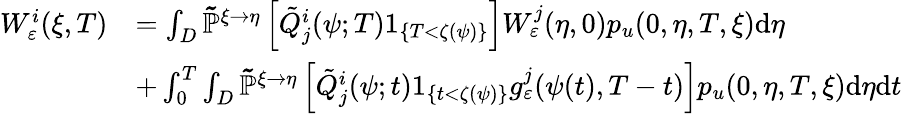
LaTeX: \begin{array}{rl}{W_{\varepsilon}^{i}(\xi,T)}&{=\int_{D}\mathbb{\tilde{P}}^{\xi\rightarrow\eta}\left[\tilde{Q}_{j}^{i}(\psi;T)1_{\{ T<\zeta(\psi)\} }\right]W_{\varepsilon}^{j}(\eta,0)p_{u}(0,\eta,T,\xi)\textrm{d}\eta}\\ &{+\int_{0}^{T}\int_{D}\mathbb{\tilde{P}}^{\xi\rightarrow\eta}\left[\tilde{Q}_{j}^{i}(\psi;t)1_{\{ t<\zeta(\psi)\} }g_{\varepsilon}^{j}(\psi(t),T-t)\right]p_{u}(0,\eta,T,\xi)\textrm{d}\eta\textrm{d}t}\end{array}